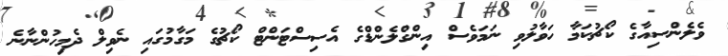
ވެލެންސިއާގެ ކޯޗުކަމާ ހަވާލުވި ނަމަވެސް އިންގްލެންޑްގެ އެސިސްޓަންޓް ކޯޗުގެ މަގާމުގައި ނެވިލް ދެމިހުންނާނެ